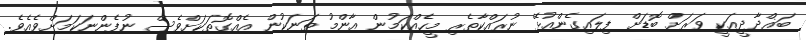
ބަޣްދާދީއަކީ ވަރަށް ބޮޑަށް ފިލައިގެންއުޅޭ ނުރައްކާތެރި މީހެއްކަމުން އާންމު ތަނަކުން އެއްގޮތަކަށްވެސް ނުފެންނަކަމަށްވެއެވެ.